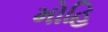
મોહિ